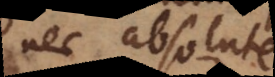
nec absolute,